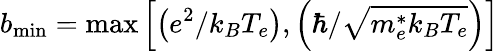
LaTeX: b_{\operatorname*{min}}=\operatorname*{max}\left[\left(e^{2}/k_{B}{T_{e}}\right),\left(\hbar/\sqrt{m_{e}^{*}{k_{B}}T_{e}}\right)\right]